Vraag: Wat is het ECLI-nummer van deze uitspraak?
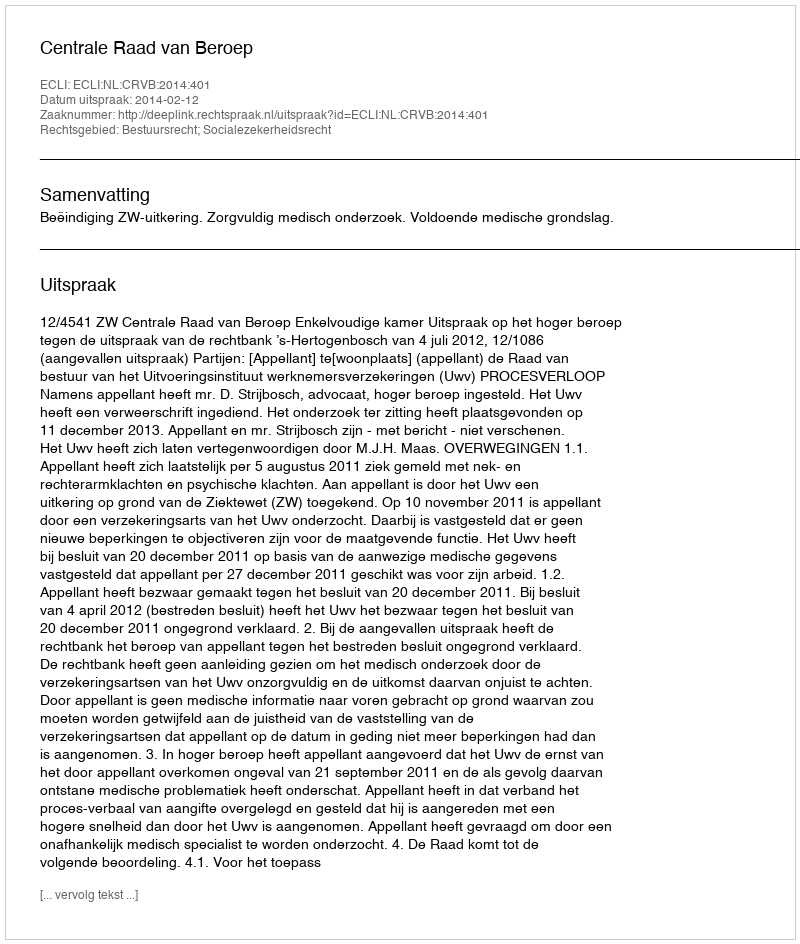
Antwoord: ECLI:NL:CRVB:2014:401